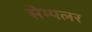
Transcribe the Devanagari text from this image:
सेम्पलर